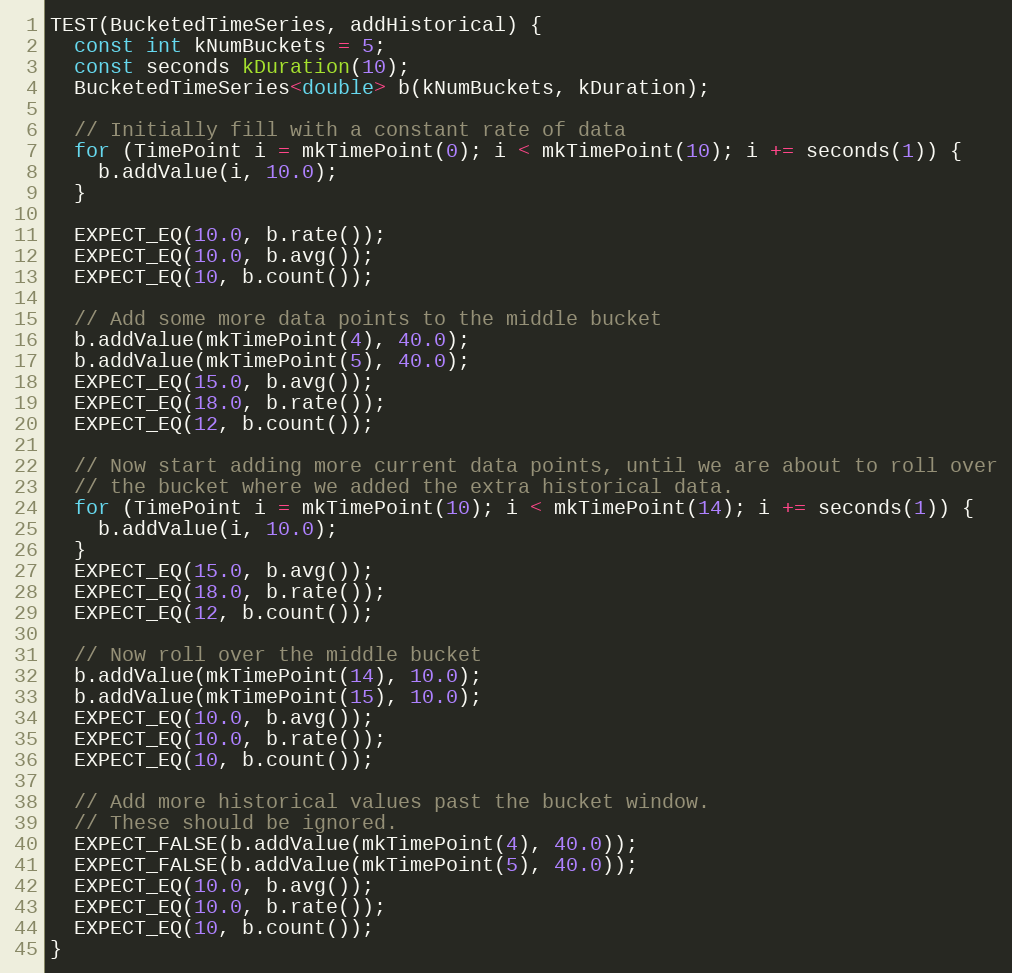
Language: C++
TEST(BucketedTimeSeries, addHistorical) {
  const int kNumBuckets = 5;
  const seconds kDuration(10);
  BucketedTimeSeries<double> b(kNumBuckets, kDuration);

  // Initially fill with a constant rate of data
  for (TimePoint i = mkTimePoint(0); i < mkTimePoint(10); i += seconds(1)) {
    b.addValue(i, 10.0);
  }

  EXPECT_EQ(10.0, b.rate());
  EXPECT_EQ(10.0, b.avg());
  EXPECT_EQ(10, b.count());

  // Add some more data points to the middle bucket
  b.addValue(mkTimePoint(4), 40.0);
  b.addValue(mkTimePoint(5), 40.0);
  EXPECT_EQ(15.0, b.avg());
  EXPECT_EQ(18.0, b.rate());
  EXPECT_EQ(12, b.count());

  // Now start adding more current data points, until we are about to roll over
  // the bucket where we added the extra historical data.
  for (TimePoint i = mkTimePoint(10); i < mkTimePoint(14); i += seconds(1)) {
    b.addValue(i, 10.0);
  }
  EXPECT_EQ(15.0, b.avg());
  EXPECT_EQ(18.0, b.rate());
  EXPECT_EQ(12, b.count());

  // Now roll over the middle bucket
  b.addValue(mkTimePoint(14), 10.0);
  b.addValue(mkTimePoint(15), 10.0);
  EXPECT_EQ(10.0, b.avg());
  EXPECT_EQ(10.0, b.rate());
  EXPECT_EQ(10, b.count());

  // Add more historical values past the bucket window.
  // These should be ignored.
  EXPECT_FALSE(b.addValue(mkTimePoint(4), 40.0));
  EXPECT_FALSE(b.addValue(mkTimePoint(5), 40.0));
  EXPECT_EQ(10.0, b.avg());
  EXPECT_EQ(10.0, b.rate());
  EXPECT_EQ(10, b.count());
}